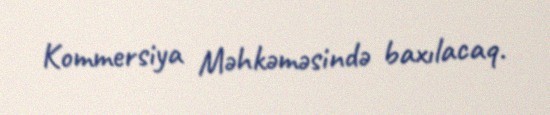
Kommersiya Məhkəməsində baxılacaq.